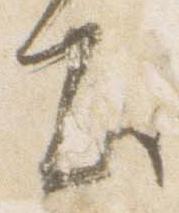
出